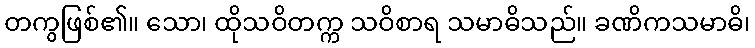
တကွဖြစ်၏။ သော၊ ထိုသဝိတက္က သဝိစာရ သမာဓိသည်။ ခဏိကသမာဓိ၊